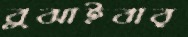
বুঝাইবার